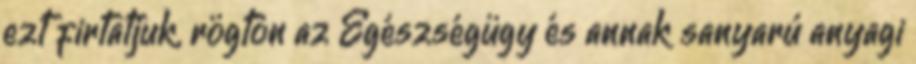
ezt firtatjuk, rögtön az Egészségügy és annak sanyarú anyagi